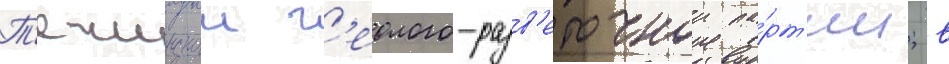
Т'ечинскои г'еолого-разв'едочнои па́рт'ии; в